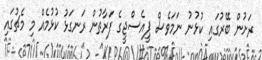
ރަށުން ބޭރުގައި ކުޅުނު ނަމަވެސް ޕީއެސްޖީގެ ފަރާތުން ރަނގަޅު ކުޅުމެއް މި މެޗުގައި